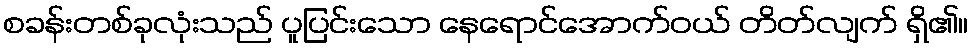
စခန်းတစ်ခုလုံးသည် ပူပြင်းသော နေရောင်အောက်ဝယ် တိတ်လျက် ရှိ၏။